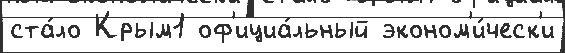
ста́ло Крым1 оф'ициа́льный эконом'и́ческ'и